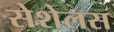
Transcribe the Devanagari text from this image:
सेशेलस